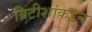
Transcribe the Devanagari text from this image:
ब्रिटीशांकडून